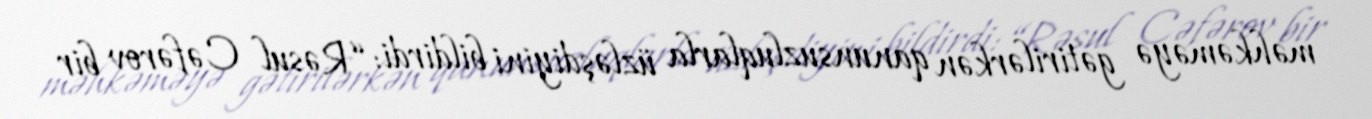
məhkəməyə gətirilərkən qanunsuzluqlarla üzləşdiyini bildirdi: “Rəsul Cəfərov bir